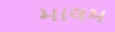
માલમ